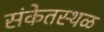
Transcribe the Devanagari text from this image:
संकेतस्‍थळ